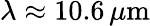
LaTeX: \lambda\approx 10.6\, \mu\mathrm{m}